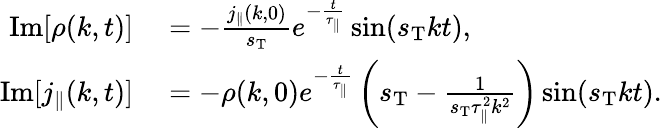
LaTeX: \begin{array}{rl}{\mathrm{Im}[\rho(k,t)]}&{{}=-\frac{j_{\parallel}(k,0)}{s_{\mathrm{T}}}e^{-\frac{t}{\tau_{\parallel}}}\sin(s_{\mathrm{T}}kt),}\\ {\mathrm{Im}[j_{\parallel}(k,t)]}&{{}=-\rho(k,0)e^{-\frac{t}{\tau_{\parallel}}}\left(s_{\mathrm{T}}-\frac{1}{s_{\mathrm{T}}\tau_{\parallel}^{2}k^{2}}\right)\sin(s_{\mathrm{T}}kt).}\end{array}